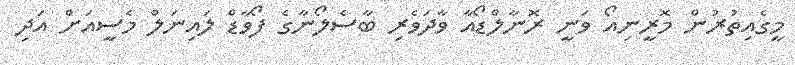
މީގެއިތުރުން މޮރީނިއޯ ވަނީ ރޮނާލްޑޯއާ ވާދަވެރި ބާސެލޯނާގެ ފޯވާޑް ލައިނަލް މެސީއަށް އަދި